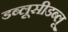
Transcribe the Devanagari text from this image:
डब्लूसीडब्लू